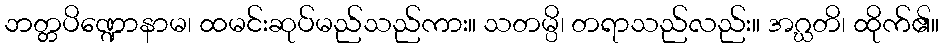
ဘတ္တပိဏ္ဍောနာမ၊ ထမင်းဆုပ်မည်သည်ကား။ သတမ္ပိ၊ တရာသည်လည်း။ အဂ္ဃတိ၊ ထိုက်၏။